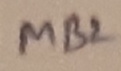
Text: MB2